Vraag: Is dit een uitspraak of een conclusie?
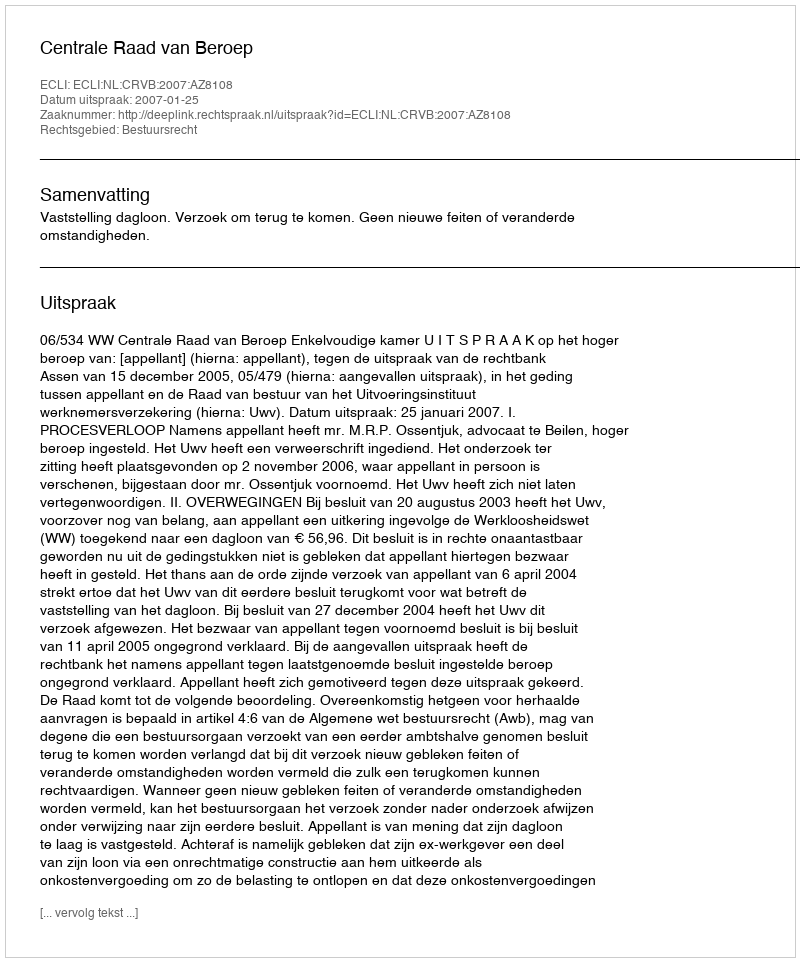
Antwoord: Uitspraak